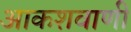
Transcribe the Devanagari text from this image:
आकशवाणी